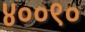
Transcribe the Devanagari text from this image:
४००९०